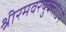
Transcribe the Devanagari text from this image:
श्रीरमवरयुक्‍तोऽयं